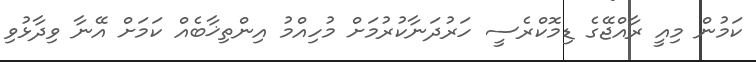
ކަމުން މިއީ ރާއްޖޭގެ ޑިމޮކްރެސީ ހަރުދަނާކުރުމަށް މުހިއްމު އިންތިޚާބެއް ކަމަށް އޭނާ ވިދާޅުވި